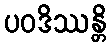
ပဝဒိဿန္တိ